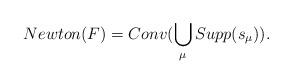
LaTeX: \begin{align*} Newton(F) = Conv(\bigcup\limits_{\mu} Supp(s_\mu)).\end{align*}